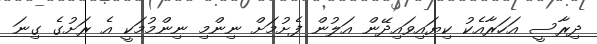
ދިރާސީ އަހަރާއެކު ކިޔައިވައިދޭން އަލުން ފެށުމަށް ނިންމި ނިންމުމަކީ އެ ރަށުގެ ގިނަ